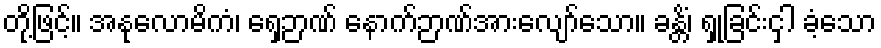
တို့ဖြင့်။ အနုလောမိကံ၊ ရှေ့ဉာဏ် နောက်ဉာဏ်အားလျော်သော။ ခန္တိံ၊ ရှုခြင်းငှါ ခံ့သော